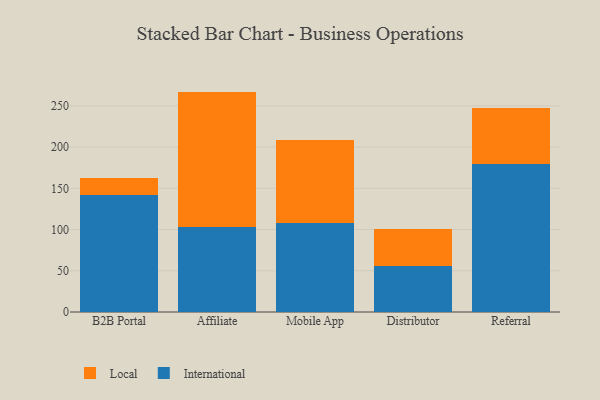
{"axis": {"x": "Channel", "y": "Website Visitors"}, "legend": ["International", "Local"], "data": [{"x": "B2B Portal", "y": 141.3, "type": "International"}, {"x": "B2B Portal", "y": 21.8, "type": "Local"}, {"x": "Affiliate", "y": 103.0, "type": "International"}, {"x": "Affiliate", "y": 164.3, "type": "Local"}, {"x": "Mobile App", "y": 108.0, "type": "International"}, {"x": "Mobile App", "y": 100.3, "type": "Local"}, {"x": "Distributor", "y": 55.4, "type": "International"}, {"x": "Distributor", "y": 45.0, "type": "Local"}, {"x": "Referral", "y": 179.9, "type": "International"}, {"x": "Referral", "y": 67.8, "type": "Local"}]}